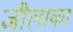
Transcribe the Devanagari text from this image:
जीलाका